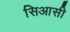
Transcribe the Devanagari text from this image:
सिआसी